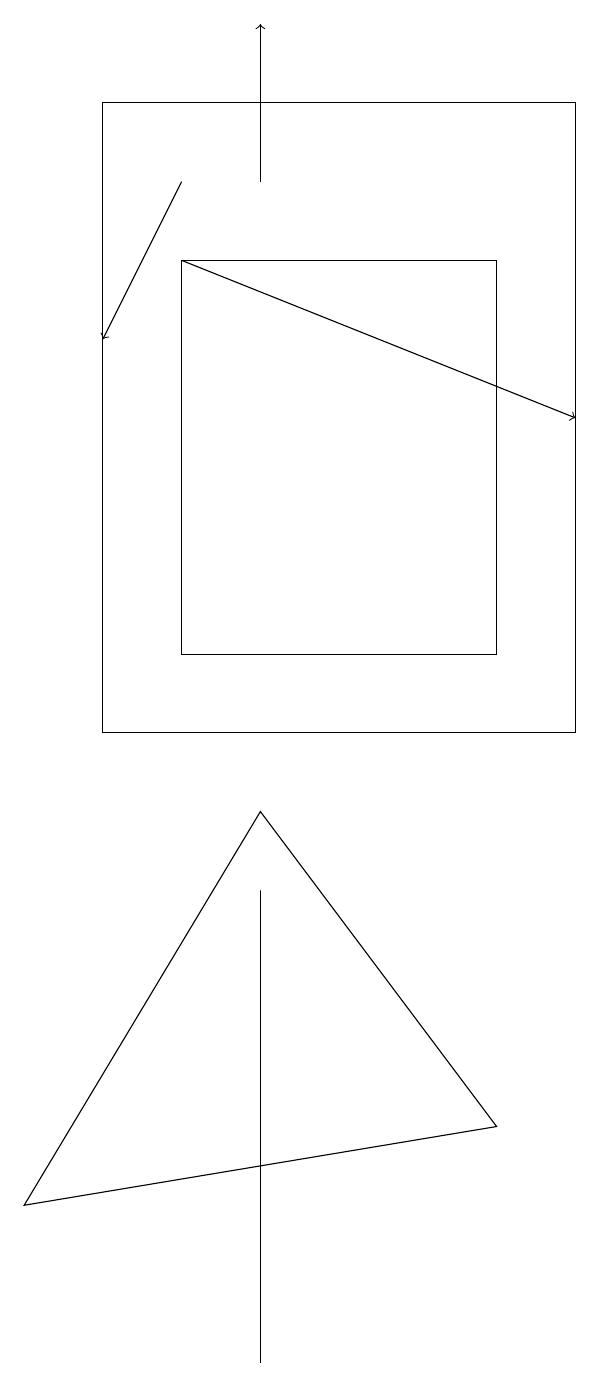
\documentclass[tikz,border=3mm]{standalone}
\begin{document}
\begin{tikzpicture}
\draw[->] (3,17) -- (2,15);
\draw[->] (3,16) -- (8,14);
\draw (7,11) rectangle (3,16);
\draw[->] (4,17) -- (4,19);
\draw (8,18) rectangle (2,10);
\draw (4,9) -- (7,5) -- (1,4) -- cycle;
\draw (4,8) -- (4,8) -- (4,2) -- cycle;
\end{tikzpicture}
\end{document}